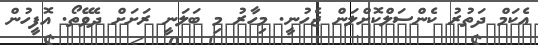
އެކަމް ދަތުރު ކެންސަލްކޮށްލަން ޖެހުނީ. މިހާރު މި ބަލަނީ ރަށަށް ދެވޭތޯ. އޮފީހުން